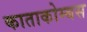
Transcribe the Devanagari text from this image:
काताकोम्बस